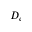
D _ { e }